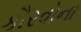
કૌરવોના